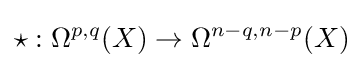
\star :\Omega ^{p,q}(X)\to \Omega ^{n-q,n-p}(X)